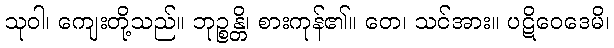
သုဝါ၊ ကျေးတို့သည်။ ဘုဉ္စန္တိ၊ စားကုန်၏။ တေ၊ သင်အား။ ပဋိဝေဒေမိ၊